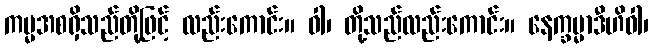
ကမ္မအစရှိသည်တို့ဖြင့် လည်းကောင်း။ ဝါ၊ တို့သည်လည်းကောင်း။ နေက္ခမ္မာဒီဟိဝါ၊